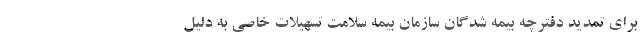
برای تمدید دفترچه بیمه شدگان سازمان بیمه سلامت تسهیلات خاصی به دلیل